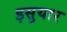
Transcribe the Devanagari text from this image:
इसुयार